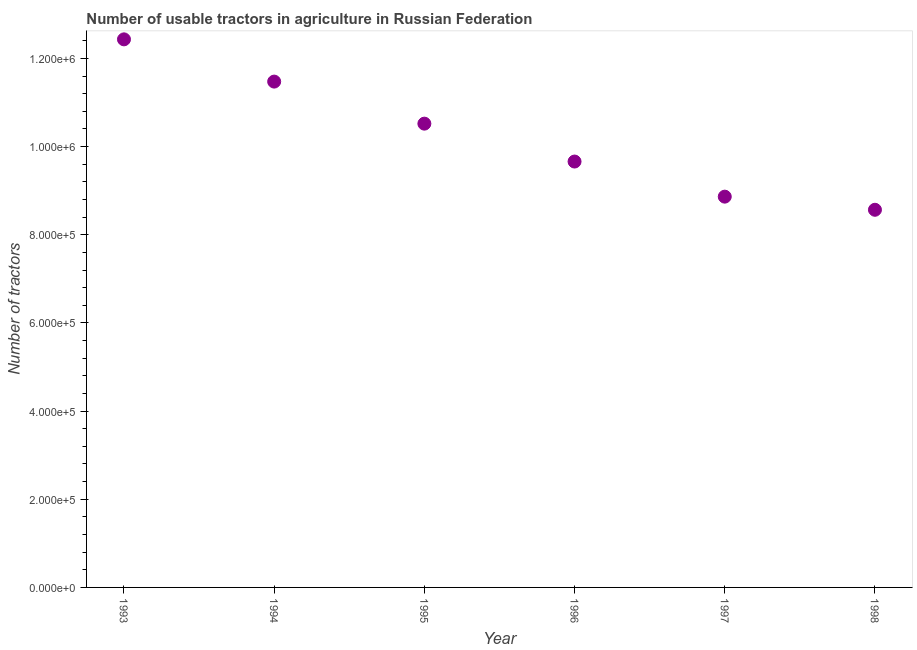
| Year | Agricultural machinery |
 | --- | --- |
 | 1993 | 1.24e+06 |
 | 1994 | 1.15e+06 |
 | 1995 | 1.05e+06 |
 | 1996 | 9.66e+05 |
 | 1997 | 8.86e+05 |
 | 1998 | 8.57e+05 |